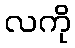
လကို